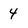
Character: 4